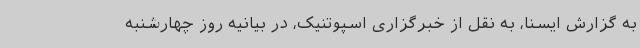
به گزارش ایسنا، به نقل از خبرگزاری اسپوتنیک، در بیانیه روز چهارشنبه